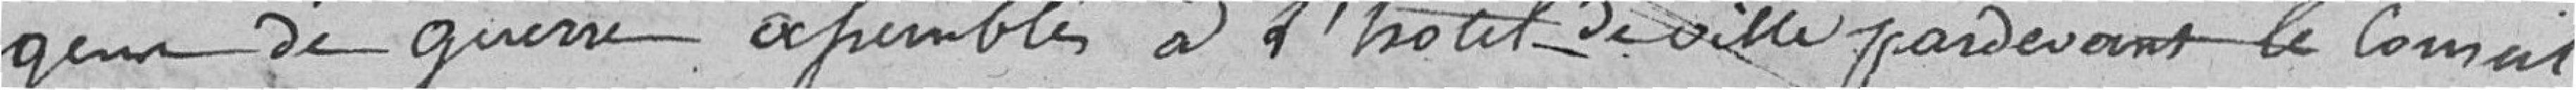
gens de guerre, assemblés à l’Hôtel de ville, par devant le conseil